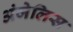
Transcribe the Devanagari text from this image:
अंजेलिस